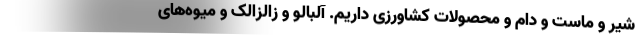
شیر و ماست و دام و محصولات کشاورزی داریم. آلبالو و زالزالک و میوه‌های